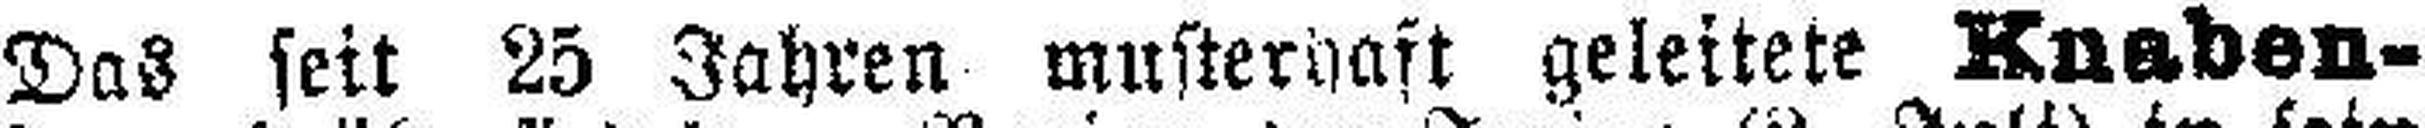
Das feit 25 Jahren musterhaft geleitete Knaben-